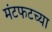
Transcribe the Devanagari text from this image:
मंटफटच्या